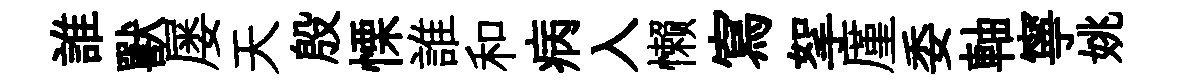
誰獸屡天殷慄誰和病入懒寫挐厪委軸寧姚